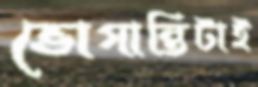
ভোগান্তিটাই